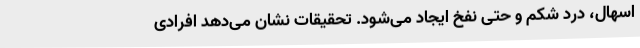
اسهال، درد شکم و حتی نفخ ایجاد می‌شود. تحقیقات نشان می‌دهد افرادی